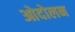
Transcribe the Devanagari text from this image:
ओदोलन